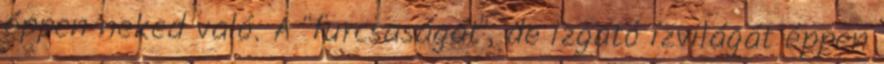
éppen neked való. A "furcsaságát", de izgató ízvilágát éppen